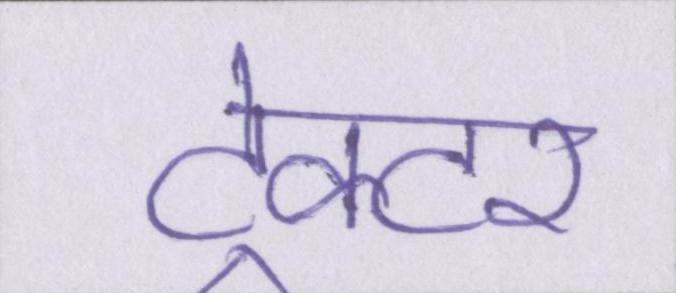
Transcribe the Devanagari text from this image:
ट्रेक्टर